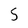
Character: 5